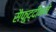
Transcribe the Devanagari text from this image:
सैफुद्दीनने